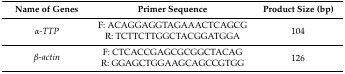
<table><thead><tr><td><b>Name of Genes</b></td><td><b>Primer Sequence</b></td><td><b>Product Size (bp)</b></td></tr></thead><tbody><tr><td rowspan="2"><i>α-TTP</i></td><td>F: ACAGGAGGTAGAAACTCAGCG</td><td rowspan="2">104</td></tr><tr><td>R: TCTTCTTGGCTACGGATGGA</td></tr><tr><td rowspan="2"><i>β-actin</i></td><td>F: CTCACCGAGCGCGGCTACAG</td><td rowspan="2">126</td></tr><tr><td>R: GGAGCTGGAAGCAGCCGTGG</td></tr></tbody></table>